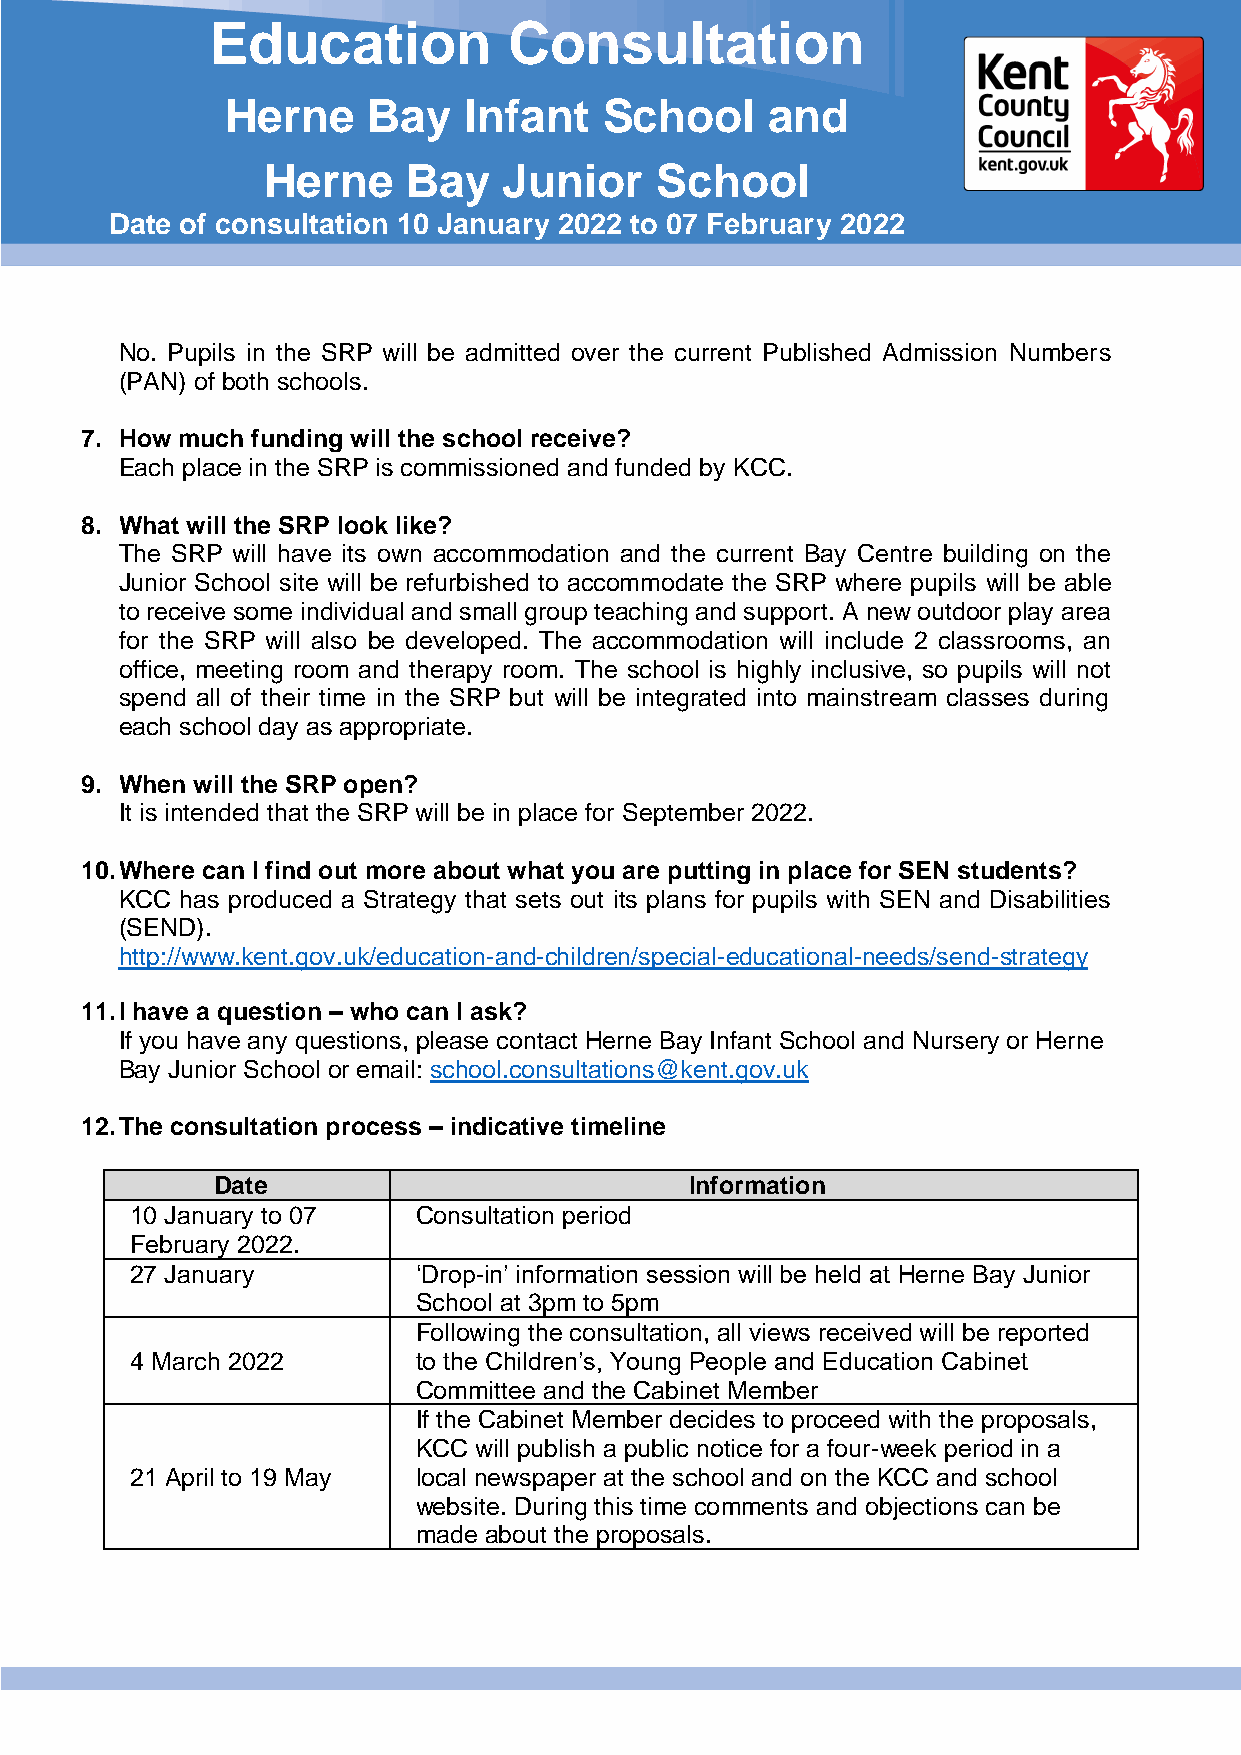
Education           Consultation
 Herne    Bay    Infant   School     and
 Herne     Bay   Junior    School
 Date of consultation 10 January 2022 to 07 February 2022
 No. Pupils in the SRP will be admitted over the current Published Admission Numbers
 (PAN) of both schools.
 7. How much funding will the school receive?
 Each place in the SRP is commissioned and funded by KCC.
 8. What will the SRP look like?
 The SRP will have its own accommodation and the current Bay Centre building on the
 Junior School site will be refurbished to accommodate the SRP where pupils will be able
 to receive some individual and small group teaching and support. A new outdoor play area
 for the SRP will also be developed. The accommodation will include 2 classrooms, an
 office, meeting room and therapy room. The school is highly inclusive, so pupils will not
 spend all of their time in the SRP but will be integrated into mainstream classes during
 each school day as appropriate.
 9. When will the SRP open?
 It is intended that the SRP will be in place for September 2022.
 10. Where can I find out more about what you are putting in place for SEN students?
 KCC has produced a Strategy that sets out its plans for pupils with SEN and Disabilities
 (SEND).
 http://www.kent.gov.uk/education-and-children/special-educational-needs/send-strategy
 11. I have a question – who can I ask?
 If you have any questions, please contact Herne Bay Infant School and Nursery or Herne
 Bay Junior School or email: school.consultations@kent.gov.uk
 12. The consultation process – indicative timeline
 Date                            Information
 10 January to 07   Consultation period
 February 2022.
 27 January         ‘Drop-in’ information session will be held at Herne Bay Junior
 School at 3pm to 5pm
 Following the consultation, all views received will be reported
 4 March 2022       to the Children’s, Young People and Education Cabinet
 Committee and the Cabinet Member
 If the Cabinet Member decides to proceed with the proposals,
 KCC will publish a public notice for a four-week period in a
 21 April to 19 May local newspaper at the school and on the KCC and school
 website. During this time comments and objections can be
 made about the proposals.